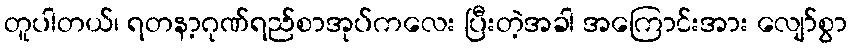
တူပါတယ်၊ ရတနာ့ဂုဏ်ရည်စာအုပ်ကလေး ပြီးတဲ့အခါ အကြောင်းအား လျော်စွာ